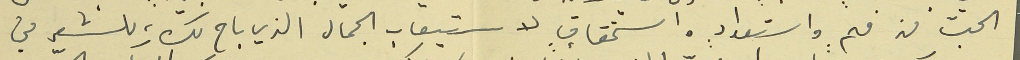
الحبّ من فهمٍ واستعدادٍ واستحقاقٍ لاستيعاب الجمال الذي باح لك، للشعر في